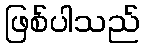
ဖြစ်ပါသည်